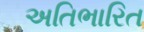
અતિભારિત